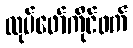
လုပ်ဖော်ကိုင်ဖက်